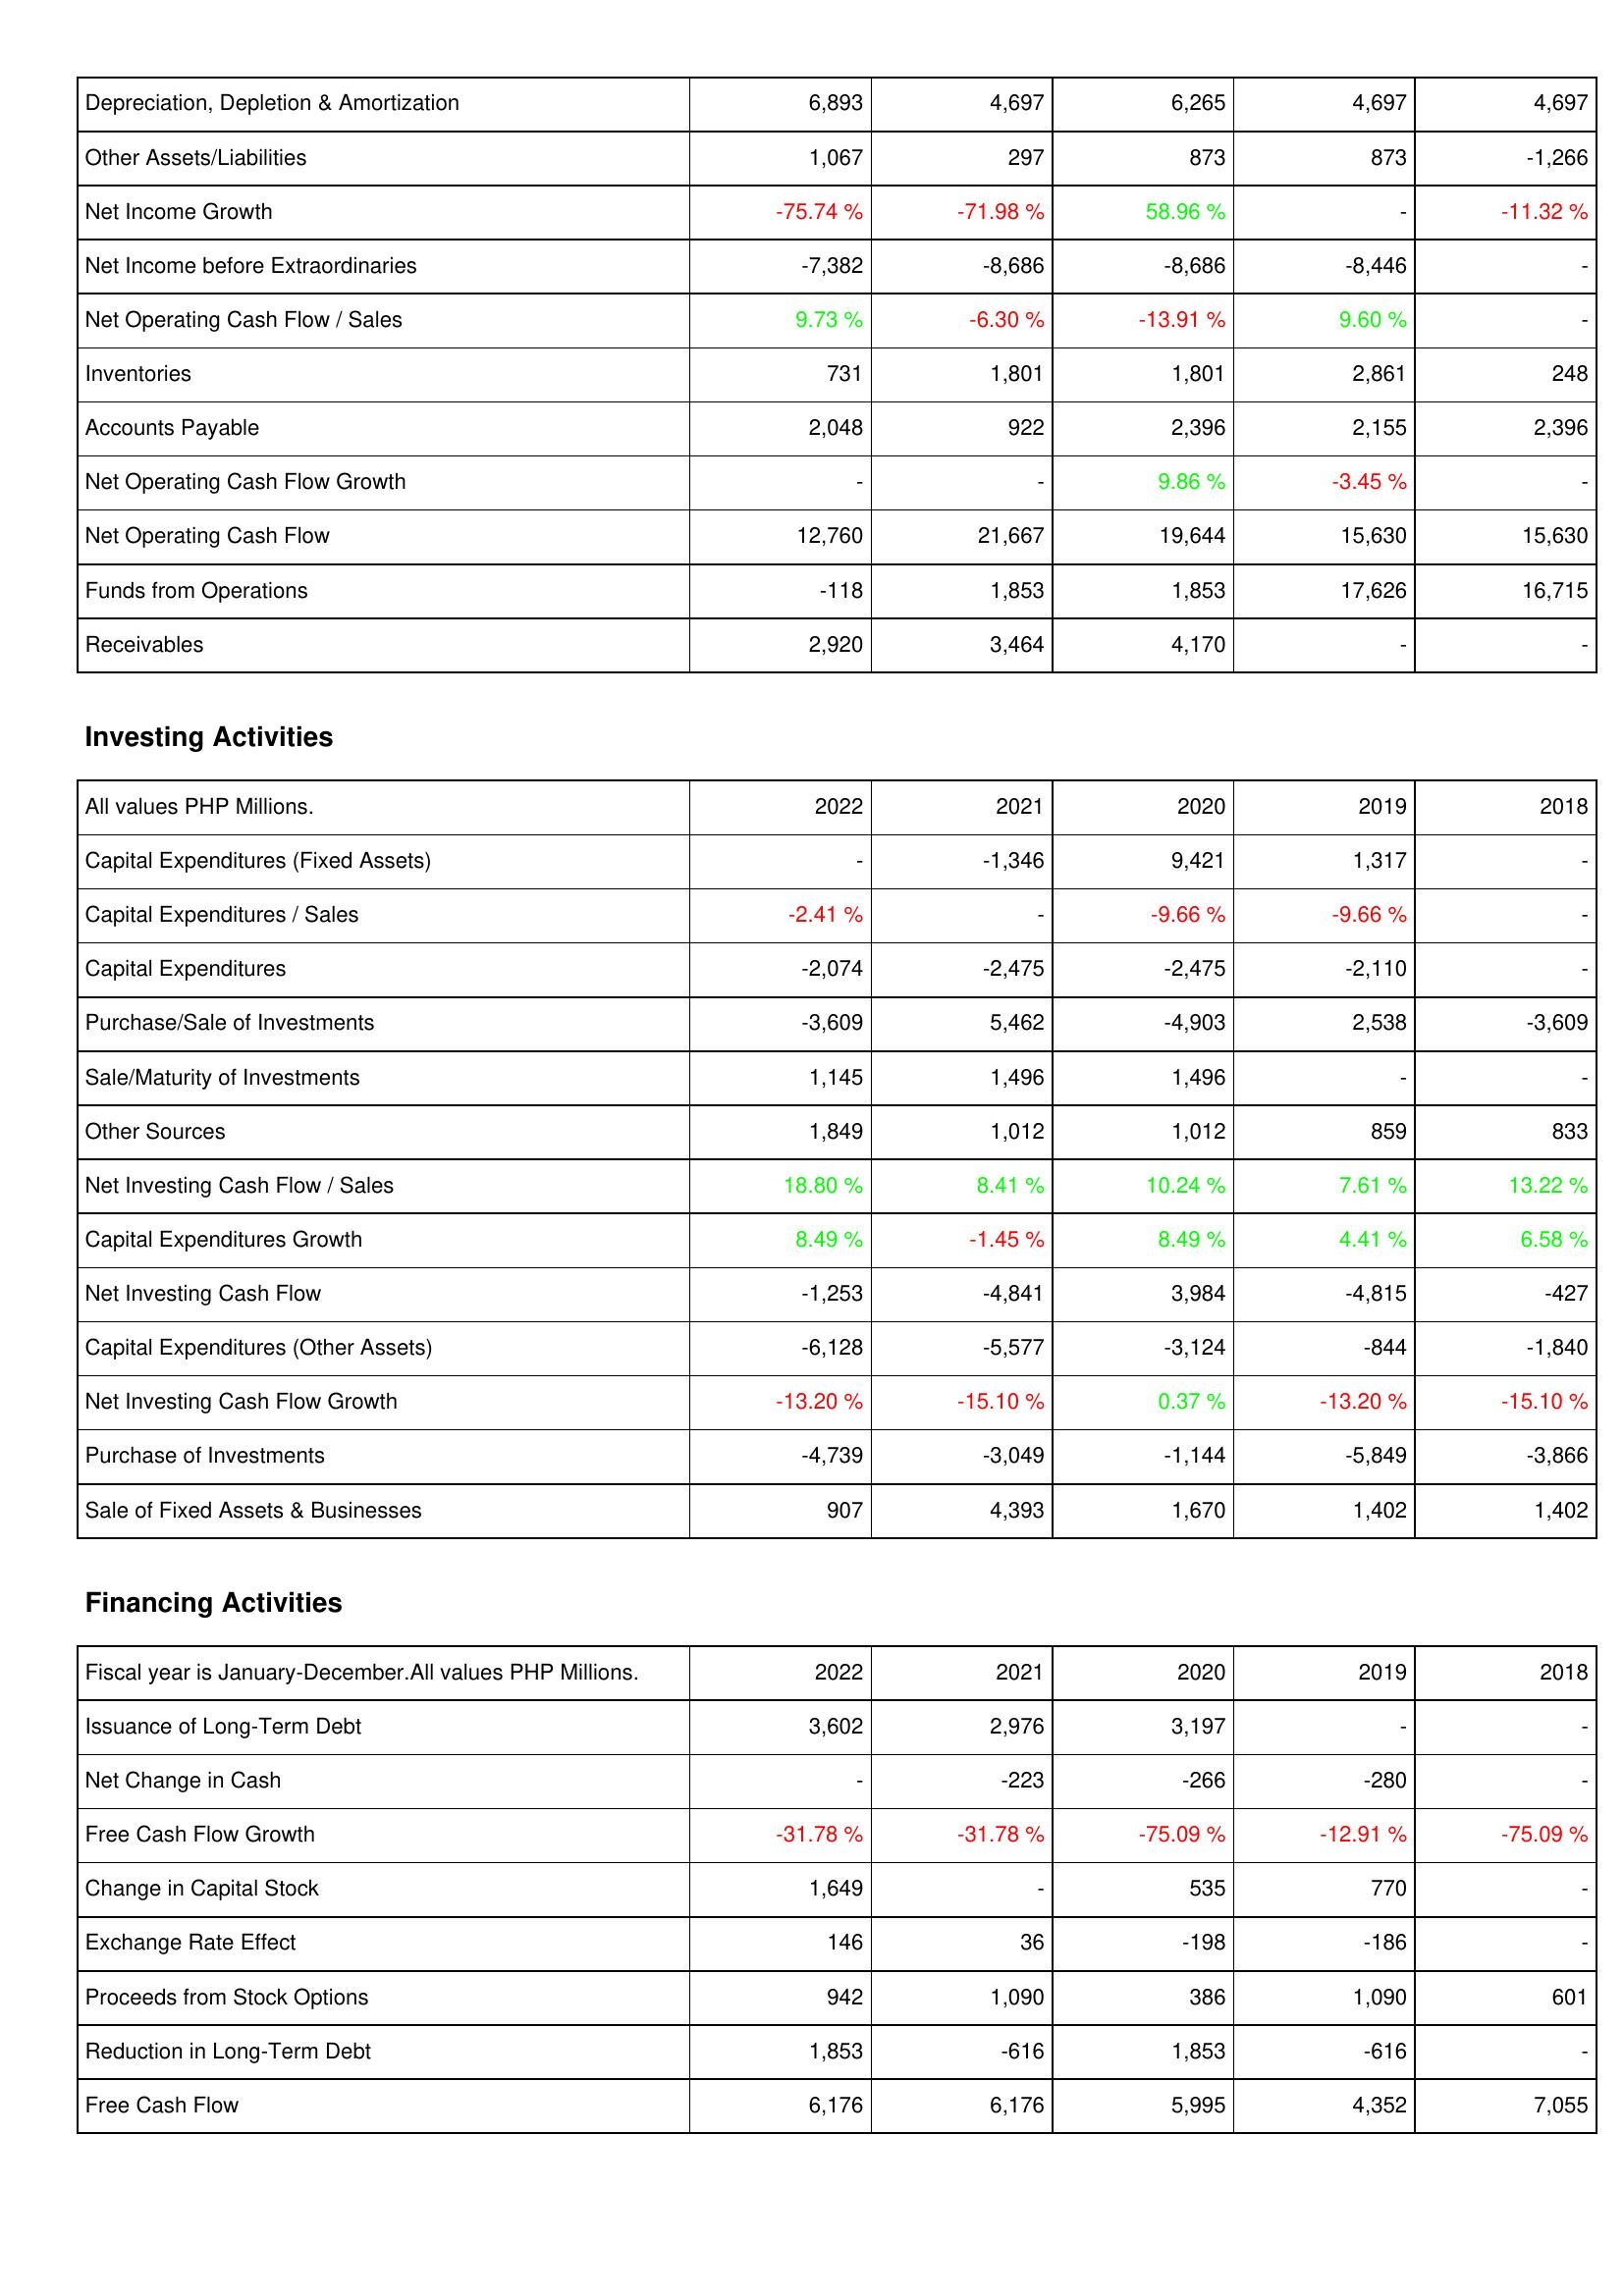
2022: Operating Activities: Depreciation, Depletion & Amortization: 6,893
Other Assets/Liabilities: 1,067
Net Income Growth: -75.74 %
Net Income before Extraordinaries: -7,382
Net Operating Cash Flow / Sales: 9.73 %
Inventories: 731
Accounts Payable: 2,048
Net Operating Cash Flow Growth: -
Net Operating Cash Flow: 12,760
Funds from Operations: -118
Receivables: 2,920
Investing Activities: Capital Expenditures (Fixed Assets): -
Capital Expenditures / Sales: -2.41 %
Capital Expenditures: -2,074
Purchase/Sale of Investments: -3,609
Sale/Maturity of Investments: 1,145
Other Sources: 1,849
Net Investing Cash Flow / Sales: 18.80 %
Capital Expenditures Growth: 8.49 %
Net Investing Cash Flow: -1,253
Capital Expenditures (Other Assets): -6,128
Net Investing Cash Flow Growth: -13.20 %
Purchase of Investments: -4,739
Sale of Fixed Assets & Businesses: 907
Financing Activities: Issuance of Long-Term Debt: 3,602
Net Change in Cash: -
Free Cash Flow Growth: -31.78 %
Change in Capital Stock: 1,649
Exchange Rate Effect: 146
Proceeds from Stock Options: 942
Reduction in Long-Term Debt: 1,853
Free Cash Flow: 6,176
2021: Operating Activities: Depreciation, Depletion & Amortization: 4,697
Other Assets/Liabilities: 297
Net Income Growth: -71.98 %
Net Income before Extraordinaries: -8,686
Net Operating Cash Flow / Sales: -6.30 %
Inventories: 1,801
Accounts Payable: 922
Net Operating Cash Flow Growth: -
Net Operating Cash Flow: 21,667
Funds from Operations: 1,853
Receivables: 3,464
Investing Activities: Capital Expenditures (Fixed Assets): -1,346
Capital Expenditures / Sales: -
Capital Expenditures: -2,475
Purchase/Sale of Investments: 5,462
Sale/Maturity of Investments: 1,496
Other Sources: 1,012
Net Investing Cash Flow / Sales: 8.41 %
Capital Expenditures Growth: -1.45 %
Net Investing Cash Flow: -4,841
Capital Expenditures (Other Assets): -5,577
Net Investing Cash Flow Growth: -15.10 %
Purchase of Investments: -3,049
Sale of Fixed Assets & Businesses: 4,393
Financing Activities: Issuance of Long-Term Debt: 2,976
Net Change in Cash: -223
Free Cash Flow Growth: -31.78 %
Change in Capital Stock: -
Exchange Rate Effect: 36
Proceeds from Stock Options: 1,090
Reduction in Long-Term Debt: -616
Free Cash Flow: 6,176
2020: Operating Activities: Depreciation, Depletion & Amortization: 6,265
Other Assets/Liabilities: 873
Net Income Growth: 58.96 %
Net Income before Extraordinaries: -8,686
Net Operating Cash Flow / Sales: -13.91 %
Inventories: 1,801
Accounts Payable: 2,396
Net Operating Cash Flow Growth: 9.86 %
Net Operating Cash Flow: 19,644
Funds from Operations: 1,853
Receivables: 4,170
Investing Activities: Capital Expenditures (Fixed Assets): 9,421
Capital Expenditures / Sales: -9.66 %
Capital Expenditures: -2,475
Purchase/Sale of Investments: -4,903
Sale/Maturity of Investments: 1,496
Other Sources: 1,012
Net Investing Cash Flow / Sales: 10.24 %
Capital Expenditures Growth: 8.49 %
Net Investing Cash Flow: 3,984
Capital Expenditures (Other Assets): -3,124
Net Investing Cash Flow Growth: 0.37 %
Purchase of Investments: -1,144
Sale of Fixed Assets & Businesses: 1,670
Financing Activities: Issuance of Long-Term Debt: 3,197
Net Change in Cash: -266
Free Cash Flow Growth: -75.09 %
Change in Capital Stock: 535
Exchange Rate Effect: -198
Proceeds from Stock Options: 386
Reduction in Long-Term Debt: 1,853
Free Cash Flow: 5,995
2019: Operating Activities: Depreciation, Depletion & Amortization: 4,697
Other Assets/Liabilities: 873
Net Income Growth: -
Net Income before Extraordinaries: -8,446
Net Operating Cash Flow / Sales: 9.60 %
Inventories: 2,861
Accounts Payable: 2,155
Net Operating Cash Flow Growth: -3.45 %
Net Operating Cash Flow: 15,630
Funds from Operations: 17,626
Receivables: -
Investing Activities: Capital Expenditures (Fixed Assets): 1,317
Capital Expenditures / Sales: -9.66 %
Capital Expenditures: -2,110
Purchase/Sale of Investments: 2,538
Sale/Maturity of Investments: -
Other Sources: 859
Net Investing Cash Flow / Sales: 7.61 %
Capital Expenditures Growth: 4.41 %
Net Investing Cash Flow: -4,815
Capital Expenditures (Other Assets): -844
Net Investing Cash Flow Growth: -13.20 %
Purchase of Investments: -5,849
Sale of Fixed Assets & Businesses: 1,402
Financing Activities: Issuance of Long-Term Debt: -
Net Change in Cash: -280
Free Cash Flow Growth: -12.91 %
Change in Capital Stock: 770
Exchange Rate Effect: -186
Proceeds from Stock Options: 1,090
Reduction in Long-Term Debt: -616
Free Cash Flow: 4,352
2018: Operating Activities: Depreciation, Depletion & Amortization: 4,697
Other Assets/Liabilities: -1,266
Net Income Growth: -11.32 %
Net Income before Extraordinaries: -
Net Operating Cash Flow / Sales: -
Inventories: 248
Accounts Payable: 2,396
Net Operating Cash Flow Growth: -
Net Operating Cash Flow: 15,630
Funds from Operations: 16,715
Receivables: -
Investing Activities: Capital Expenditures (Fixed Assets): -
Capital Expenditures / Sales: -
Capital Expenditures: -
Purchase/Sale of Investments: -3,609
Sale/Maturity of Investments: -
Other Sources: 833
Net Investing Cash Flow / Sales: 13.22 %
Capital Expenditures Growth: 6.58 %
Net Investing Cash Flow: -427
Capital Expenditures (Other Assets): -1,840
Net Investing Cash Flow Growth: -15.10 %
Purchase of Investments: -3,866
Sale of Fixed Assets & Businesses: 1,402
Financing Activities: Issuance of Long-Term Debt: -
Net Change in Cash: -
Free Cash Flow Growth: -75.09 %
Change in Capital Stock: -
Exchange Rate Effect: -
Proceeds from Stock Options: 601
Reduction in Long-Term Debt: -
Free Cash Flow: 7,055